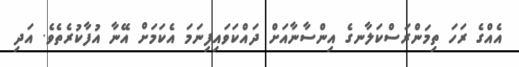
އެއްގެ ރަހަ ތިމަންރަސްކަލާނގެ އިންސާނާއަށް ދައްކަވައިފިނަމަ އެކަމަށް އޭނާ އުފާކުރެތެވެ. އަދި